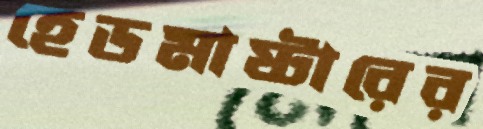
হেডমাষ্টারের